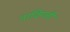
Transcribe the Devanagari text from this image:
नाविग्ली